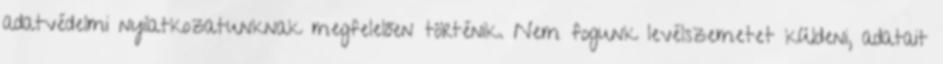
adatvédelmi nyilatkozatunknak megfelelően történik. Nem fogunk levélszemetet küldeni, adatait